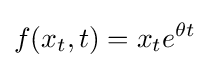
f(x_{t},t)=x_{t}e^{\theta t}